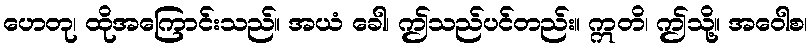
ဟေတု၊ ထိုအကြောင်းသည်။ အယံ ခေါ၊ ဤသည်ပင်တည်း။ ဣတိ၊ ဤသို့။ အဝေါစ၊